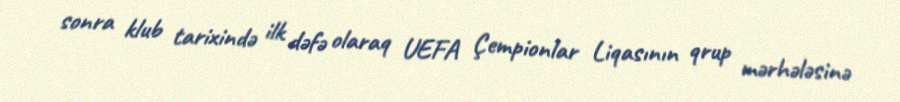
sonra klub tarixində ilk dəfə olaraq UEFA Çempionlar Liqasının qrup mərhələsinə